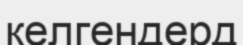
келгендерд